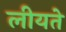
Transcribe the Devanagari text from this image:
लीयते